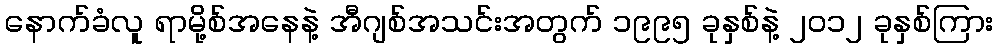
နောက်ခံလူ ရာမို့စ်အနေနဲ့ အီဂျစ်အသင်းအတွက် ၁၉၉၅ ခုနှစ်နဲ့ ၂၀၁၂ ခုနှစ်ကြား